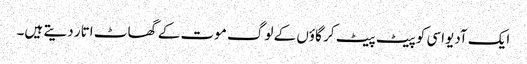
ایک آدیواسی کو پیٹ پیٹ کر گاؤں کے لوگ موت کے گھاٹ اتار دیتے ہیں۔